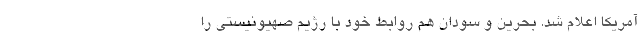
آمریکا اعلام شد. بحرین و سودان هم روابط خود با رژیم صهیونیستی را